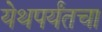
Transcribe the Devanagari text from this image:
येथपर्यंतचा